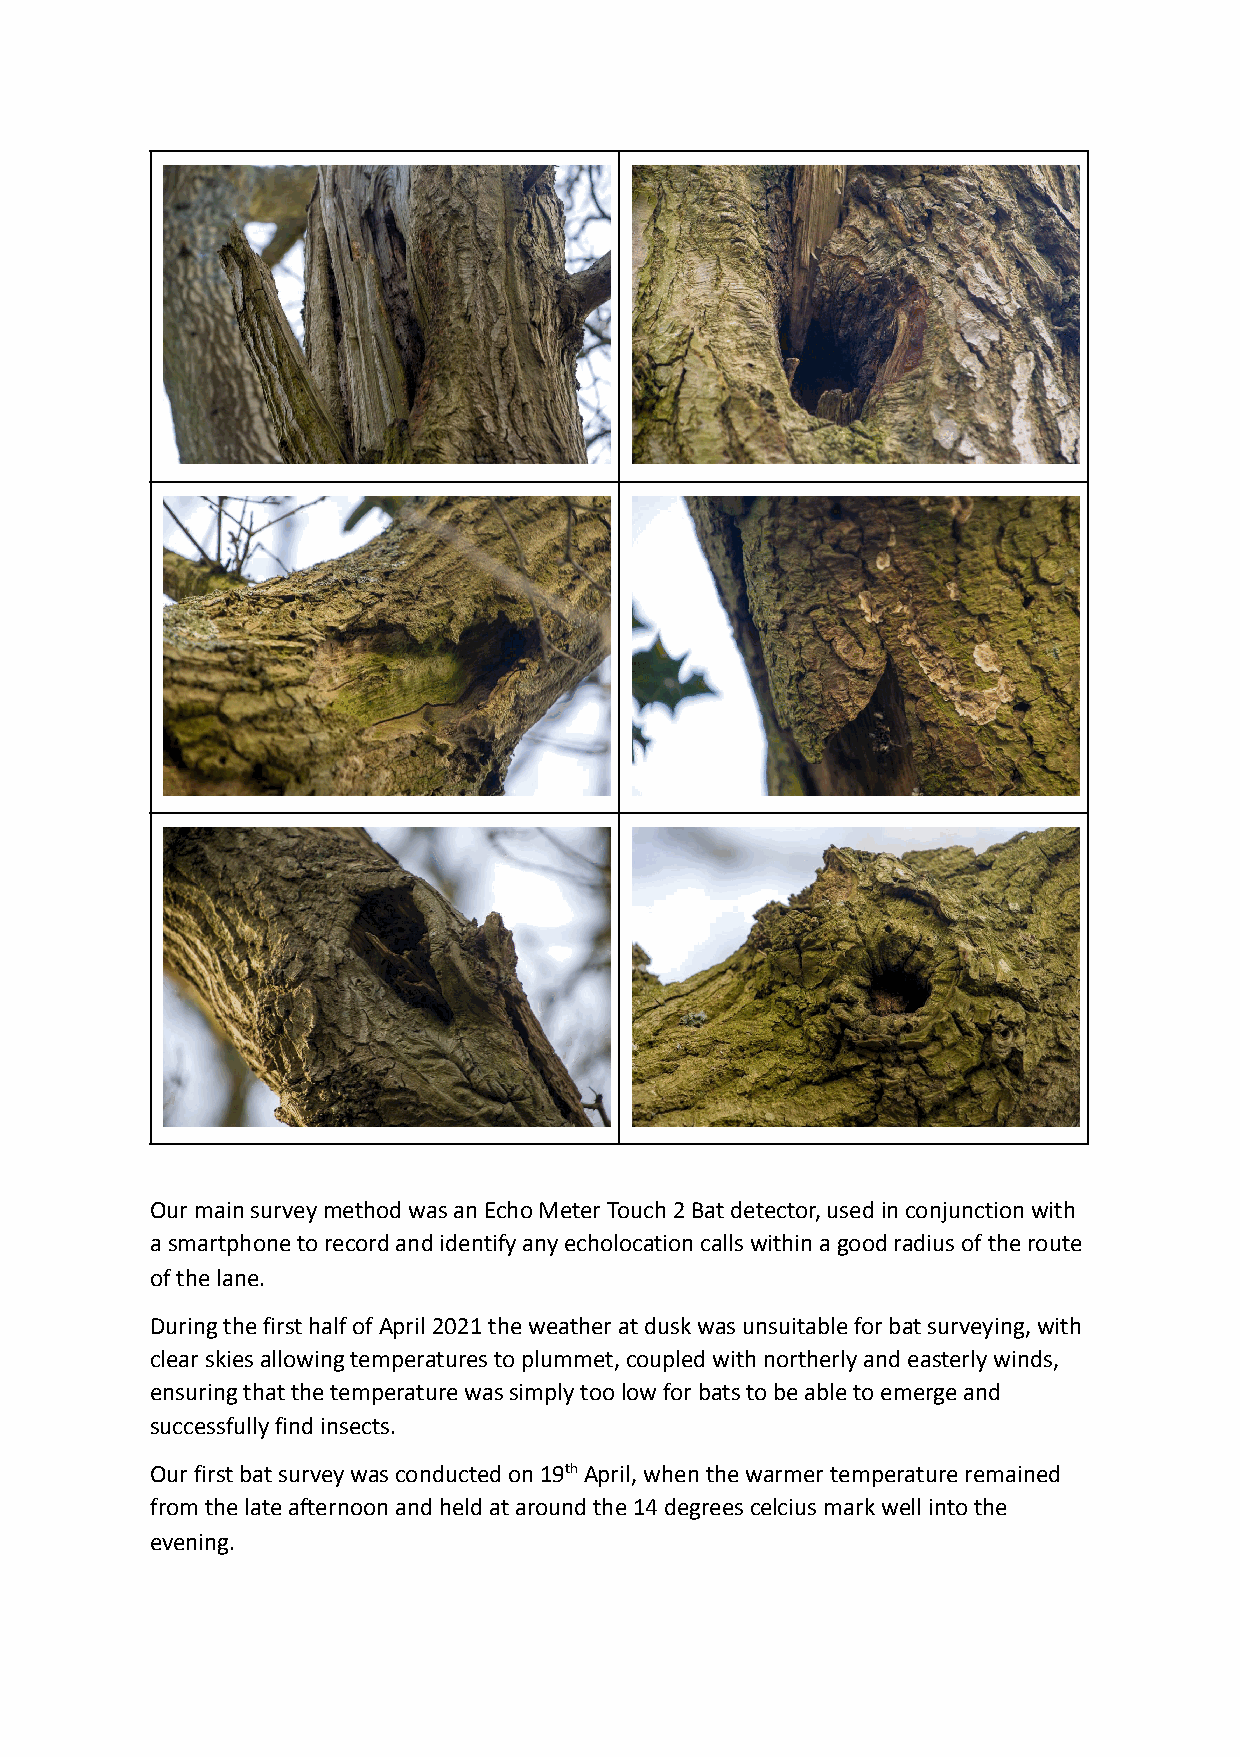
Our m ain s urvey m ethod w as a n E cho M eter T ouch 2 B at d etector, u sed i n c onjunction w ith
 a s martphone t o r ecord a nd i dentify a ny e cholocation c alls w ithin a g ood r adius o f t he r oute
 of t he l ane.
 During t he f irst h alf o f A pril 2 021 t he w eather a t d usk w as u nsuitable f or b at s urveying, w ith
 clear s kies a llowing t emperatures t o p lummet, c oupled w ith n ortherly a nd e asterly w inds,
 ensuring t hat t he t emperature w as s imply t oo l ow f or b ats t o b e a ble t o e merge a nd
 successfully f ind i nsects.
 Our f irst b at s urvey w as c onducted o n 1 9 th A pril, w hen t he w armer t emperature r emained
 from t he l ate a fternoon a nd h eld a t a round t he 1 4 d egrees c elcius m ark w ell i nto t he
 evening.